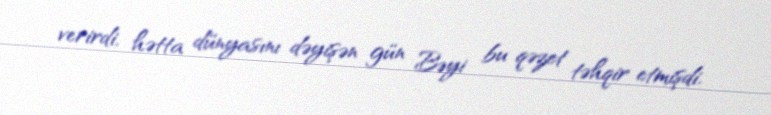
verirdi, hətta dünyasını dəyişən gün Bəyi bu qəzet təhqir etmişdi.